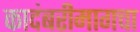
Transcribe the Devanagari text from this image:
कादंबरीमागचा